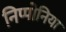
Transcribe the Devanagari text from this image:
निप्पोनिया